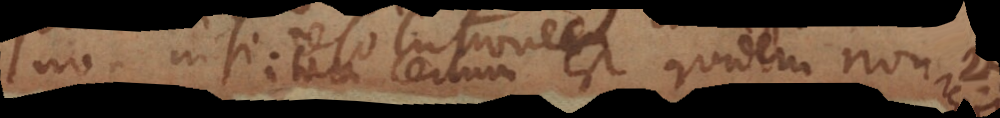
Itaque certum est quidem non